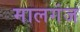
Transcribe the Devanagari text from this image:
मालगंज